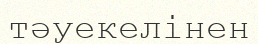
тәуекелінен